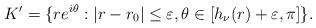
LaTeX: \begin{align*}K'=\{re^{i\theta}:|r-r_{0}|\le\varepsilon,\theta\in[h_{\nu}(r)+\varepsilon,\pi]\}.\end{align*}